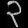
Digit: ၃